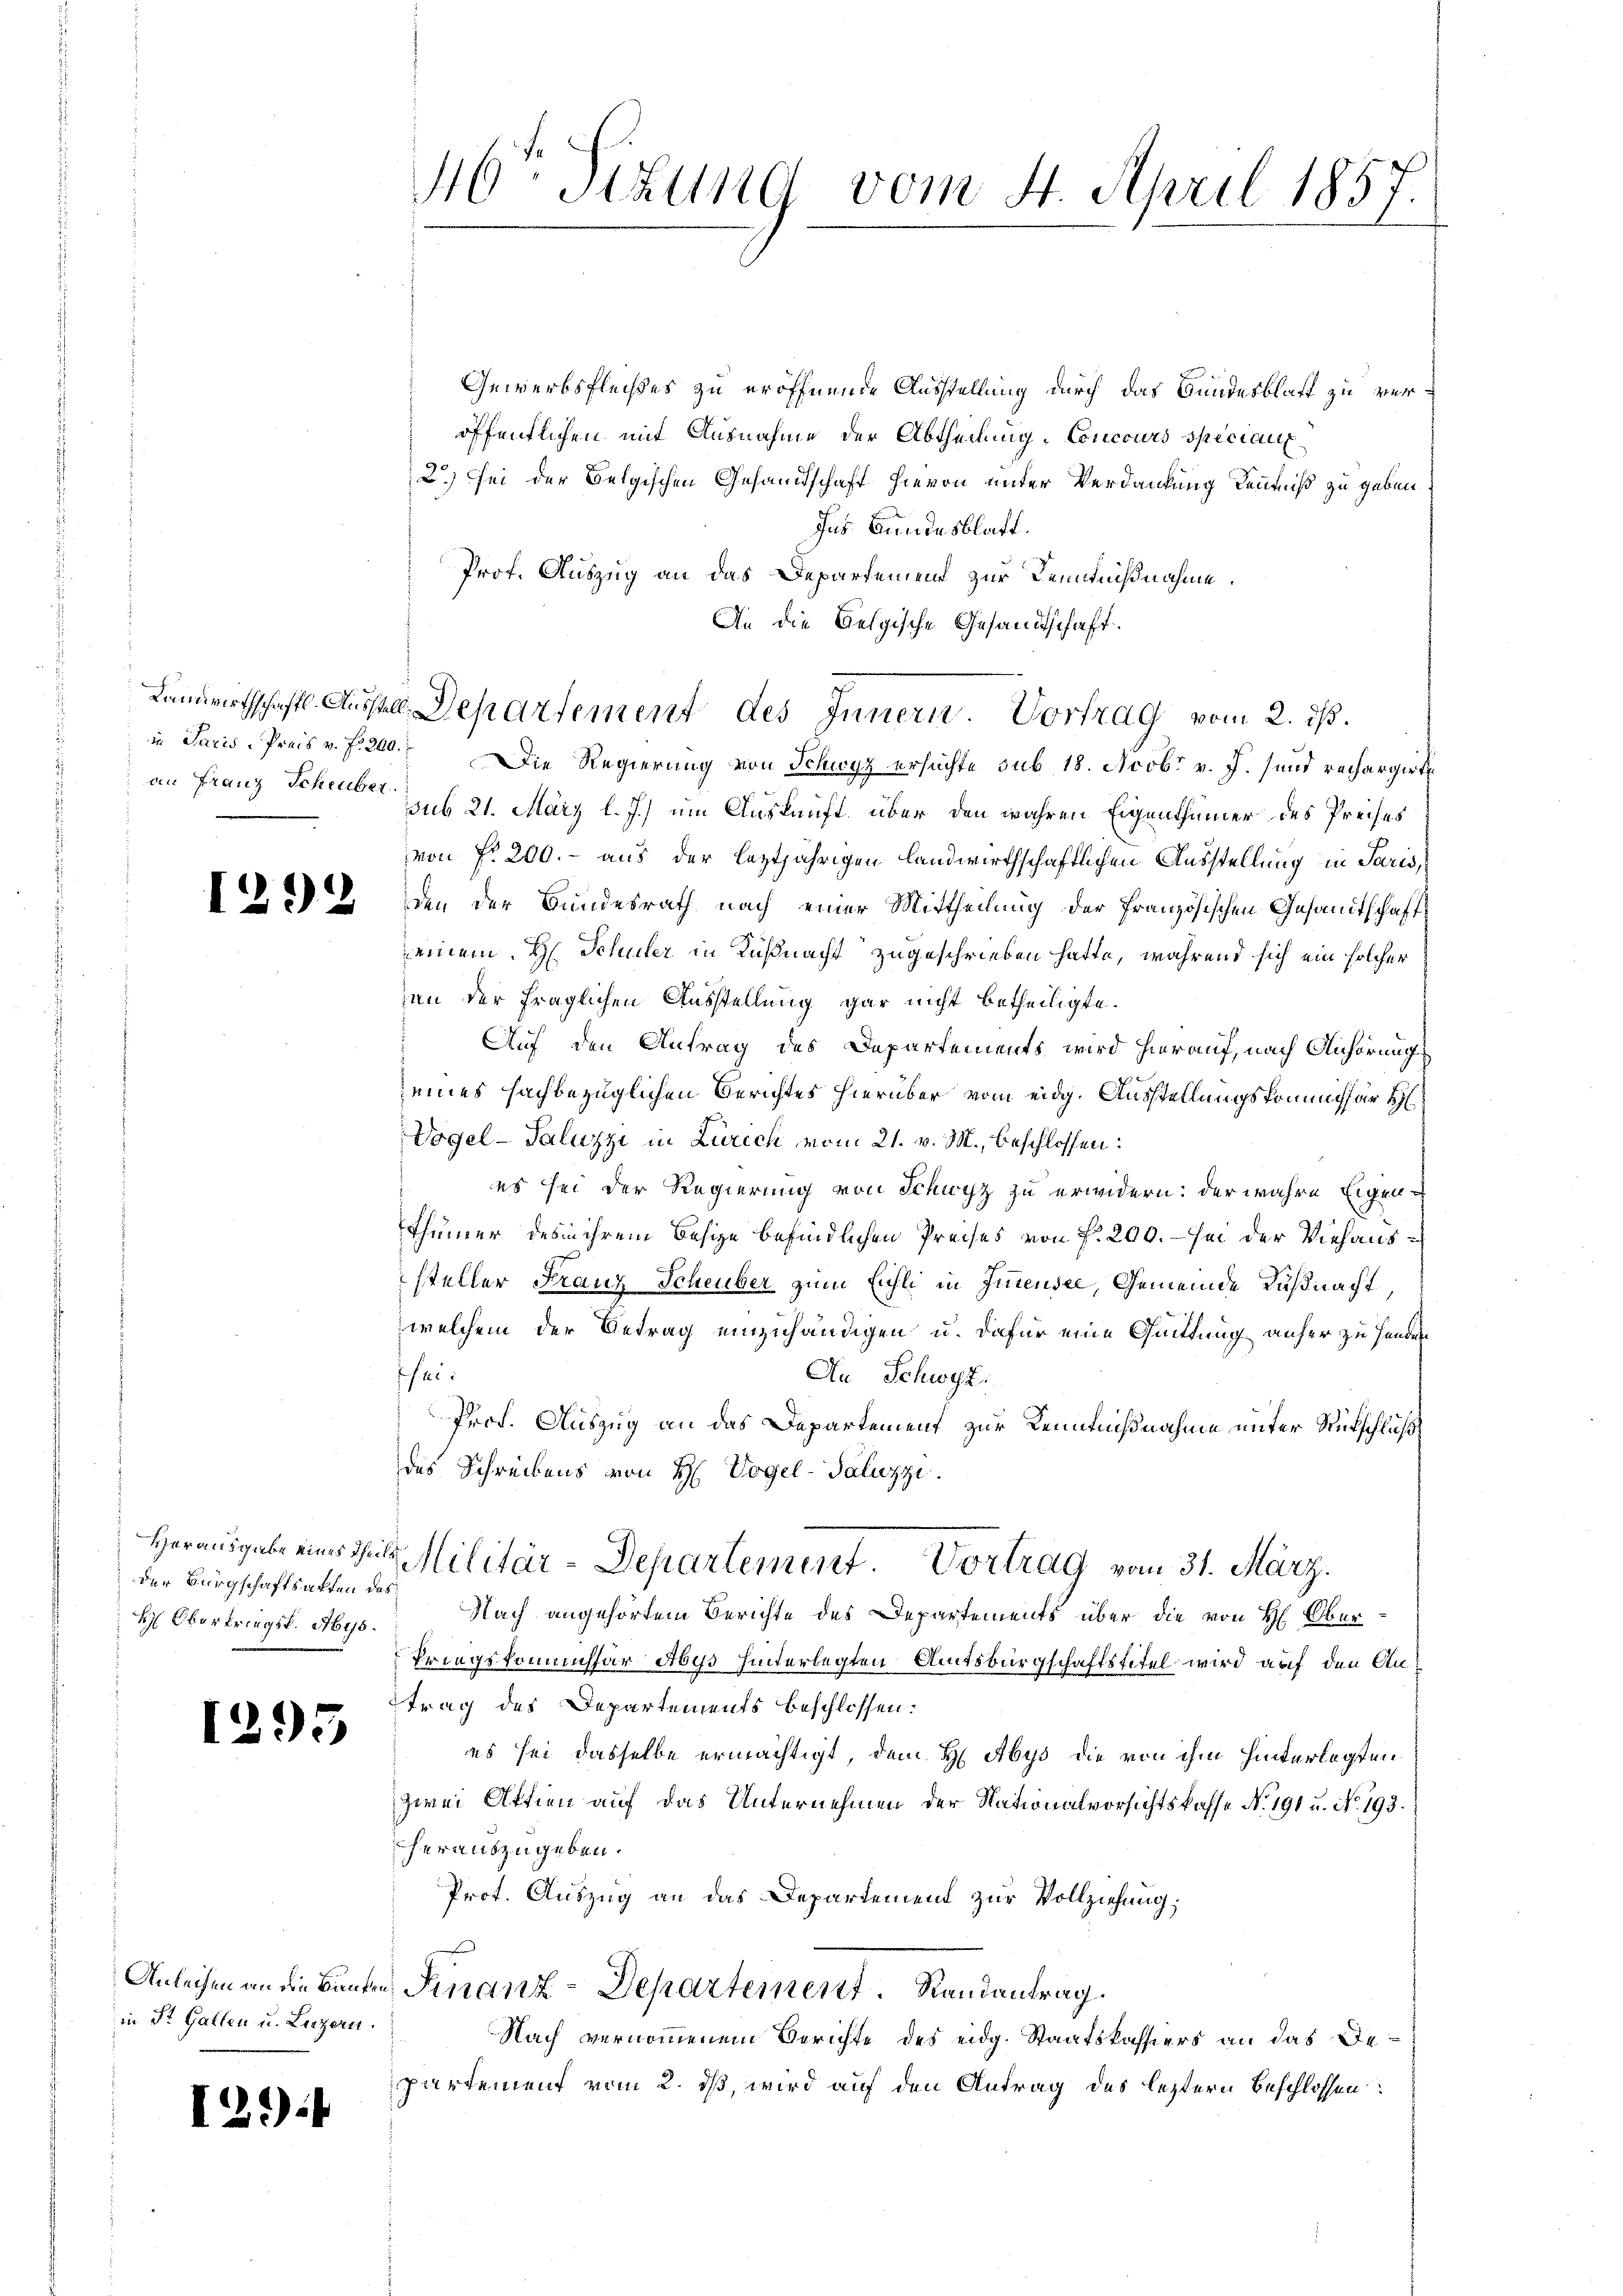
40 Stzung vom 4. April 1857.

Gewerbsflechtes zu eröffnende Ausstellung durch das Bundesblatt zu veröffentlichen mit Ausnahme der Abtheilung, Concours speciant
2.) Sei der Belgischen Gesandtschaft hievon unter Verdankung Kenntniß zu geben
Ins Bandesblatt.
Prof. Auszug an das Departement zur Kenntnißnahme.
An die Belgische Gesandtschaft.
in Paris, Preis v. f. 200. Die Regierung von Schwyz ersuchte sub 18. Acobr v. J. und rechargirt
sub 21. März l. J.) um Auskunft über den wahren Eigenthümer des Preises
von fr. 200.- aus der leztjährigen landwirthschaftlichen Ausstellung in Paris,
CG. § 2. Den der Bundesrath nach einer Mittheilung der Französischen Gesandtschaft
einem H. Schuler in Küßnacht zugeschrieben hatte, während sich ein solcher
en der fraglichen Ausstellung gar nicht betheiligte.
Auf den Antrag des Departements wird hierauf, nach Anhörung
eines sachbezüglichen Berichtes hierüber vom eidg. Ausstellungskommissär H
Vogel-Saluzzi in Zürich vom 21. v. M., beschlossen:
es sei der Regierung von Schwyz zu erwidern: der wahre Eigen¬
Thümer desin ihrem Besize befindlichen Preises von f. 200. – sei der Viehaussteller Franz Scheuber zum fühli in Innensee, Gemeinde Küßnacht
welchem der Betrag einzuhändigen u. dafür eine Quittung anher zu Handen
fei.
An Schwyz,
Prof. Auszug an das Departement zur Kenntnißnahme unter Rückschluß
des Schreibens von H. Vogel-Saluzzi.
Herausgabe eines als Militär-Departement. Vortrag vom 31. März.
Nach angehörtem Berichte des Departements über die von H. Ober¬
Priegskommissär Abys hinterlegten Amtsbürgschaftstitel wird auf den Antrag des Departements beschlossen:
es sei dasselbe ermächtigt, dem H Abys die von ihm hinterlegten
zwei Aktien auf das Unternehmen der Nationalvorsichtskasse No. 191 u. No. 193.
herauszugeben.
Prot. Auszug an das Departement zur Vollziehung;
Anleihen an die Bunden Finanz-Departement. Randantrag.
Nach vernommenem Gerichte des eidg. Staatskassiers an das Departement vom 2. ds, wird auf den Antrag des leztern Beschlossen:

Landwirtschafts- Ausstell, Departement des Innern. Vortrag vom 2. ds.

an Franz Scheuber.

der Bürgschaftsakten des
H. Oberkriegsk. 1645.

1293

in St. Gallen u. Luzern.

12.)